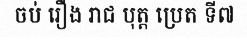
ចប់ រឿង រាជ បុត្ត ប្រេត ទី៧